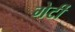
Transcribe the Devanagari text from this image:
गेर्टी